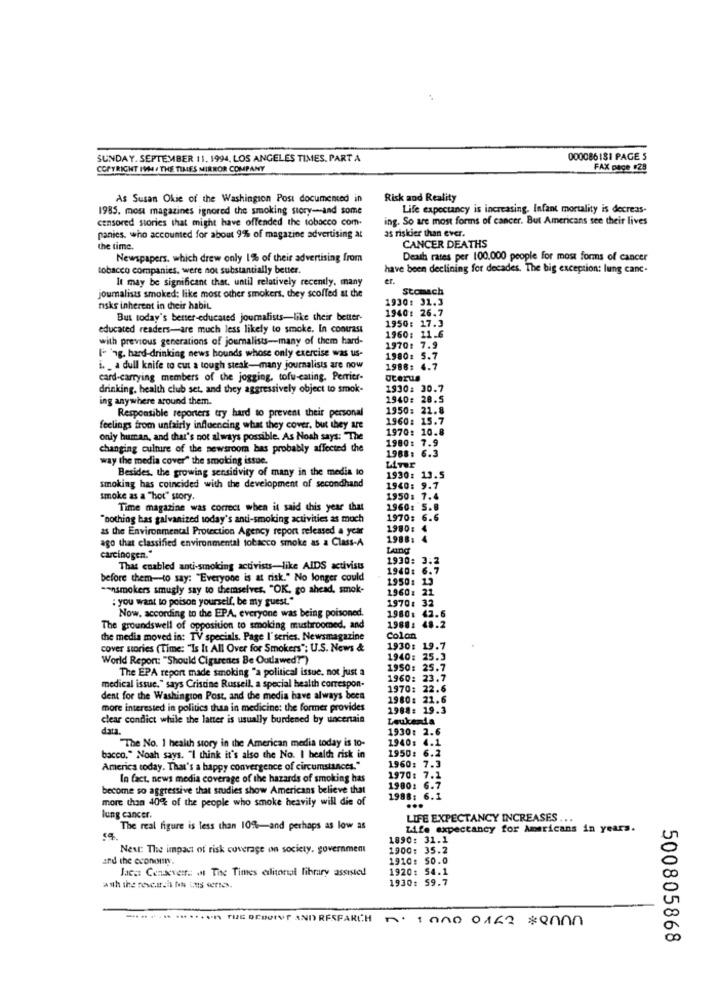
SUNDAY. SEPTEMBER 11, 1994, LOS ANGELES TIMES. PART A
000086181 PAGE 5
COPYRIGHT I9 . THE TIMES MIRROR COMPANY
FAX DICE #28
As Susan Okie of the Washington Post documented in
Risk and Reality
1985. most magazines ignored the smoking story -- and some
Life expectancy is increasing. Infant mortality is decreas-
censored stories that might have offended the tobacco com.
ing. So are most forms of cancer. But Americans see their lives
as riskier than ever.
panies. who accounted for about 9% of magazine advertising at
the time.
CANCER DEATHS
Newspapers. which drew only 1% of their advertising from
Death rates per 100.000 people for most forms of cancer
tobacco companies, were not substantially better.
have been declining for decades. The big exception: lung canc.
It may be significant that. until relatively recently. many
er.
Stomach
journalists smoked: like most other smokers, they scoffed at the
1930: 31.3
risks inherent in their habit.
1940: 26.7
But today's better-educated journalists-like their better-
educated readers-are much less likely to smoke. In contrast
1950: 17.3
1960: 11.6
with previous generations of journalists-many of them hard-
I- 1g. hard-drinking news hounds whose only exercise was us-
1970: 7.9
1980: 5.7
i. _ a dull knife to cut a tough stesk-many journalists are now
1988: 4.7
card-carrying members of the jogging, tofu-eating, Perrier-
Uterus
drinking, health club set, and they aggressively object to smok-
1930: 30.7
ing anywhere around them.
1940: 28.5
Responsible reporters try hard to prevent their personal
1950: 21.8
1960: 15.7
feelings from unfairly influencing what they cover, but they are
1970: 10.8
only human, and that's not always possible. As Noah says: "The
changing culture of the newsroom bas probably affected the
1980: 7.9
way the media cover" the smoking issue.
1968: 6.3
Besides, the growing sensitivity of many in the media to
1930: 13.5
smoking has coincided with the development of secondhand
1940: 9.7
smoke as a "hot" story.
1950: 7.4
Time magazine was correct when it said this year that
1960: S.B
"nothing has galvanized today's anti-smoking activities as much
1970: 6.6
as the Environmental Protection Agency report released a year
ago that classified environmental tobacco smoke as a Class-A
1980: 4
1988:
carcinogen."
LAIng
1930: 3.2
Thas enabled anti-smoking activists-like AIDS activists
1940: 6.7
before them-to say: "Everyone is at risk." No longer could
-ensmokers smugly say to themselves, "OK, go ahead, smok-
1950: 13
: you want to poison yourself, be my guest."
1960: 21
1970: 32
Now, according to the EPA, everyone was being poisoned.
1980: 42.6
The groundswell of opposition to smoking mushroomed, and
1988: 48.2
the media moved in: TV specials. Page I' series. Newsmagazine
Colon
cover stories (Time: "Is It All Over for Smokers"; U.S. News &
1930: 19.7
World Report: "Should Cigarenes Be Outlawed?")
1940: 25.3
The EPA report made smoking "a political issue, not just a
1950: 25.7
1960: 23.7
medical issue," says Cristine Russell, a special health correspon-
1970: 22.6
dent for the Washington Post, and the media have always been
1980: 21.6
more interested in politics than in medicine: the former provides
1988: 19.3
clear conflict while the latter is usually burdened by uncertain
Leukenda
data.
1930: 2.6
1940: 4.1
"The No. 1 health story in the American media today is to-
1950: 6.2
bacco." Noah says, "I think it's also the No. I health risk in
America today. That's a happy convergence of circumstances."
1960: 7.3
In fact, news media coverage of the hazards of smoking has
1970: 7.1
become so aggressive that studies show Americans believe that
1900: 6.7
more than 40% of the people who smoke heavily will die of
1988: 6.1
...
lung cancer.
LIFE EXPECTANCY INCREASES.
S ...
The real figure is less than 10%-and perhaps as low as
Life expectancy for Americans in years.
1890: 31.1
Next: The impact of risk coverage on society. government
1900: 35.2
and the economy.
1910: 50.0
Jaca: Cenaeverr .: at The Times edlitoral library assisted
1920: 54.1
1930: 59.7
........... THEDEBIUT AND RESEARCH . JOAO 0162 *enn
500805868